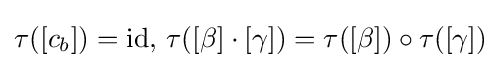
\tau ([c_{b}])=\operatorname {id} ,\,\tau ([\beta ]\cdot [\gamma ])=\tau ([\beta ])\circ \tau ([\gamma ])